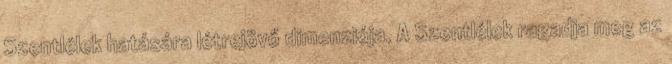
Szentlélek hatására létrejövő dimenziója. A Szentlélek ragadja meg az